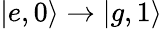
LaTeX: \left|e,0\right\rangle\rightarrow\left|g,1\right\rangle